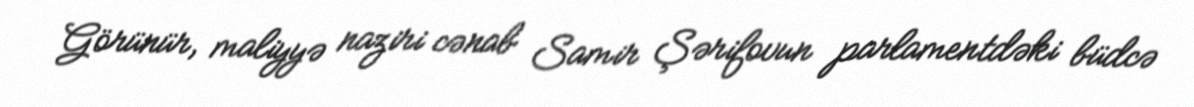
Görünür, maliyyə naziri cənab Samir Şərifovun parlamentdəki büdcə